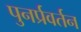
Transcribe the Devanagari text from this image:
पुनर्प्रवर्तन